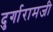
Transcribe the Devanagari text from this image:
दुर्गारामजी